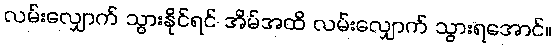
လမ်းလျှောက် သွားနိုင်ရင် အိမ်အထိ လမ်းလျှောက် သွားရအောင်။